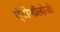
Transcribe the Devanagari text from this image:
एंटोमॉलोजी